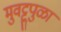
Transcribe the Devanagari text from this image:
मुवट्टुपुळा